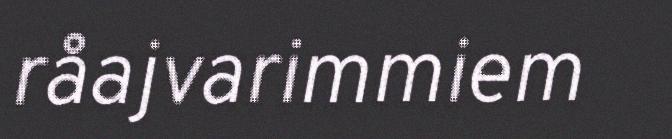
råajvarimmiem